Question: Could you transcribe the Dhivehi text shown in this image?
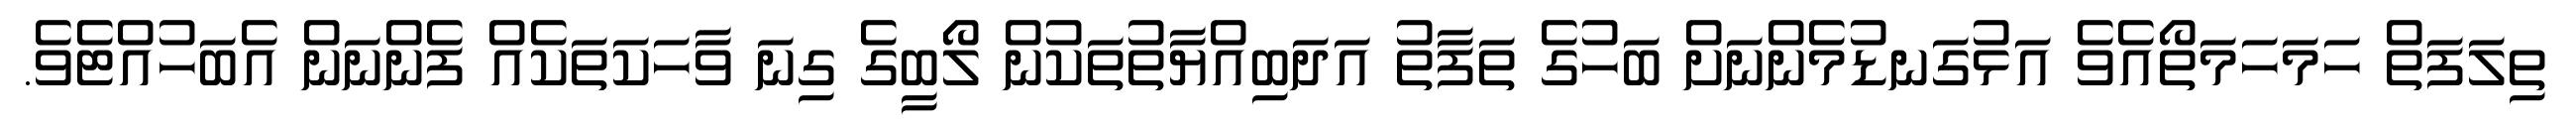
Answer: ތިލަފަތް ހަމަހަމަތޯއެވެ އަޅުގަނޑުމެންނަށް ބަހުގެ ތަފާތު އަދަބިއްޔާތުތަކުން ލޯބީގެ ގިނަ ވާހަކަތަކެއް ފެންނަން އެބަހުއްޓެވެ.